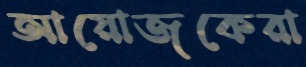
আয়োজকেরা